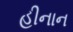
હીનાન